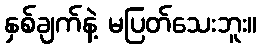
နှစ်ချက်နဲ့ မပြတ်သေးဘူး။